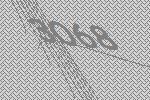
3068